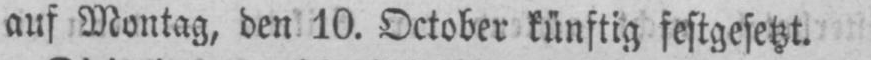
auf Montag, den 10. October künftig festgesetzt.